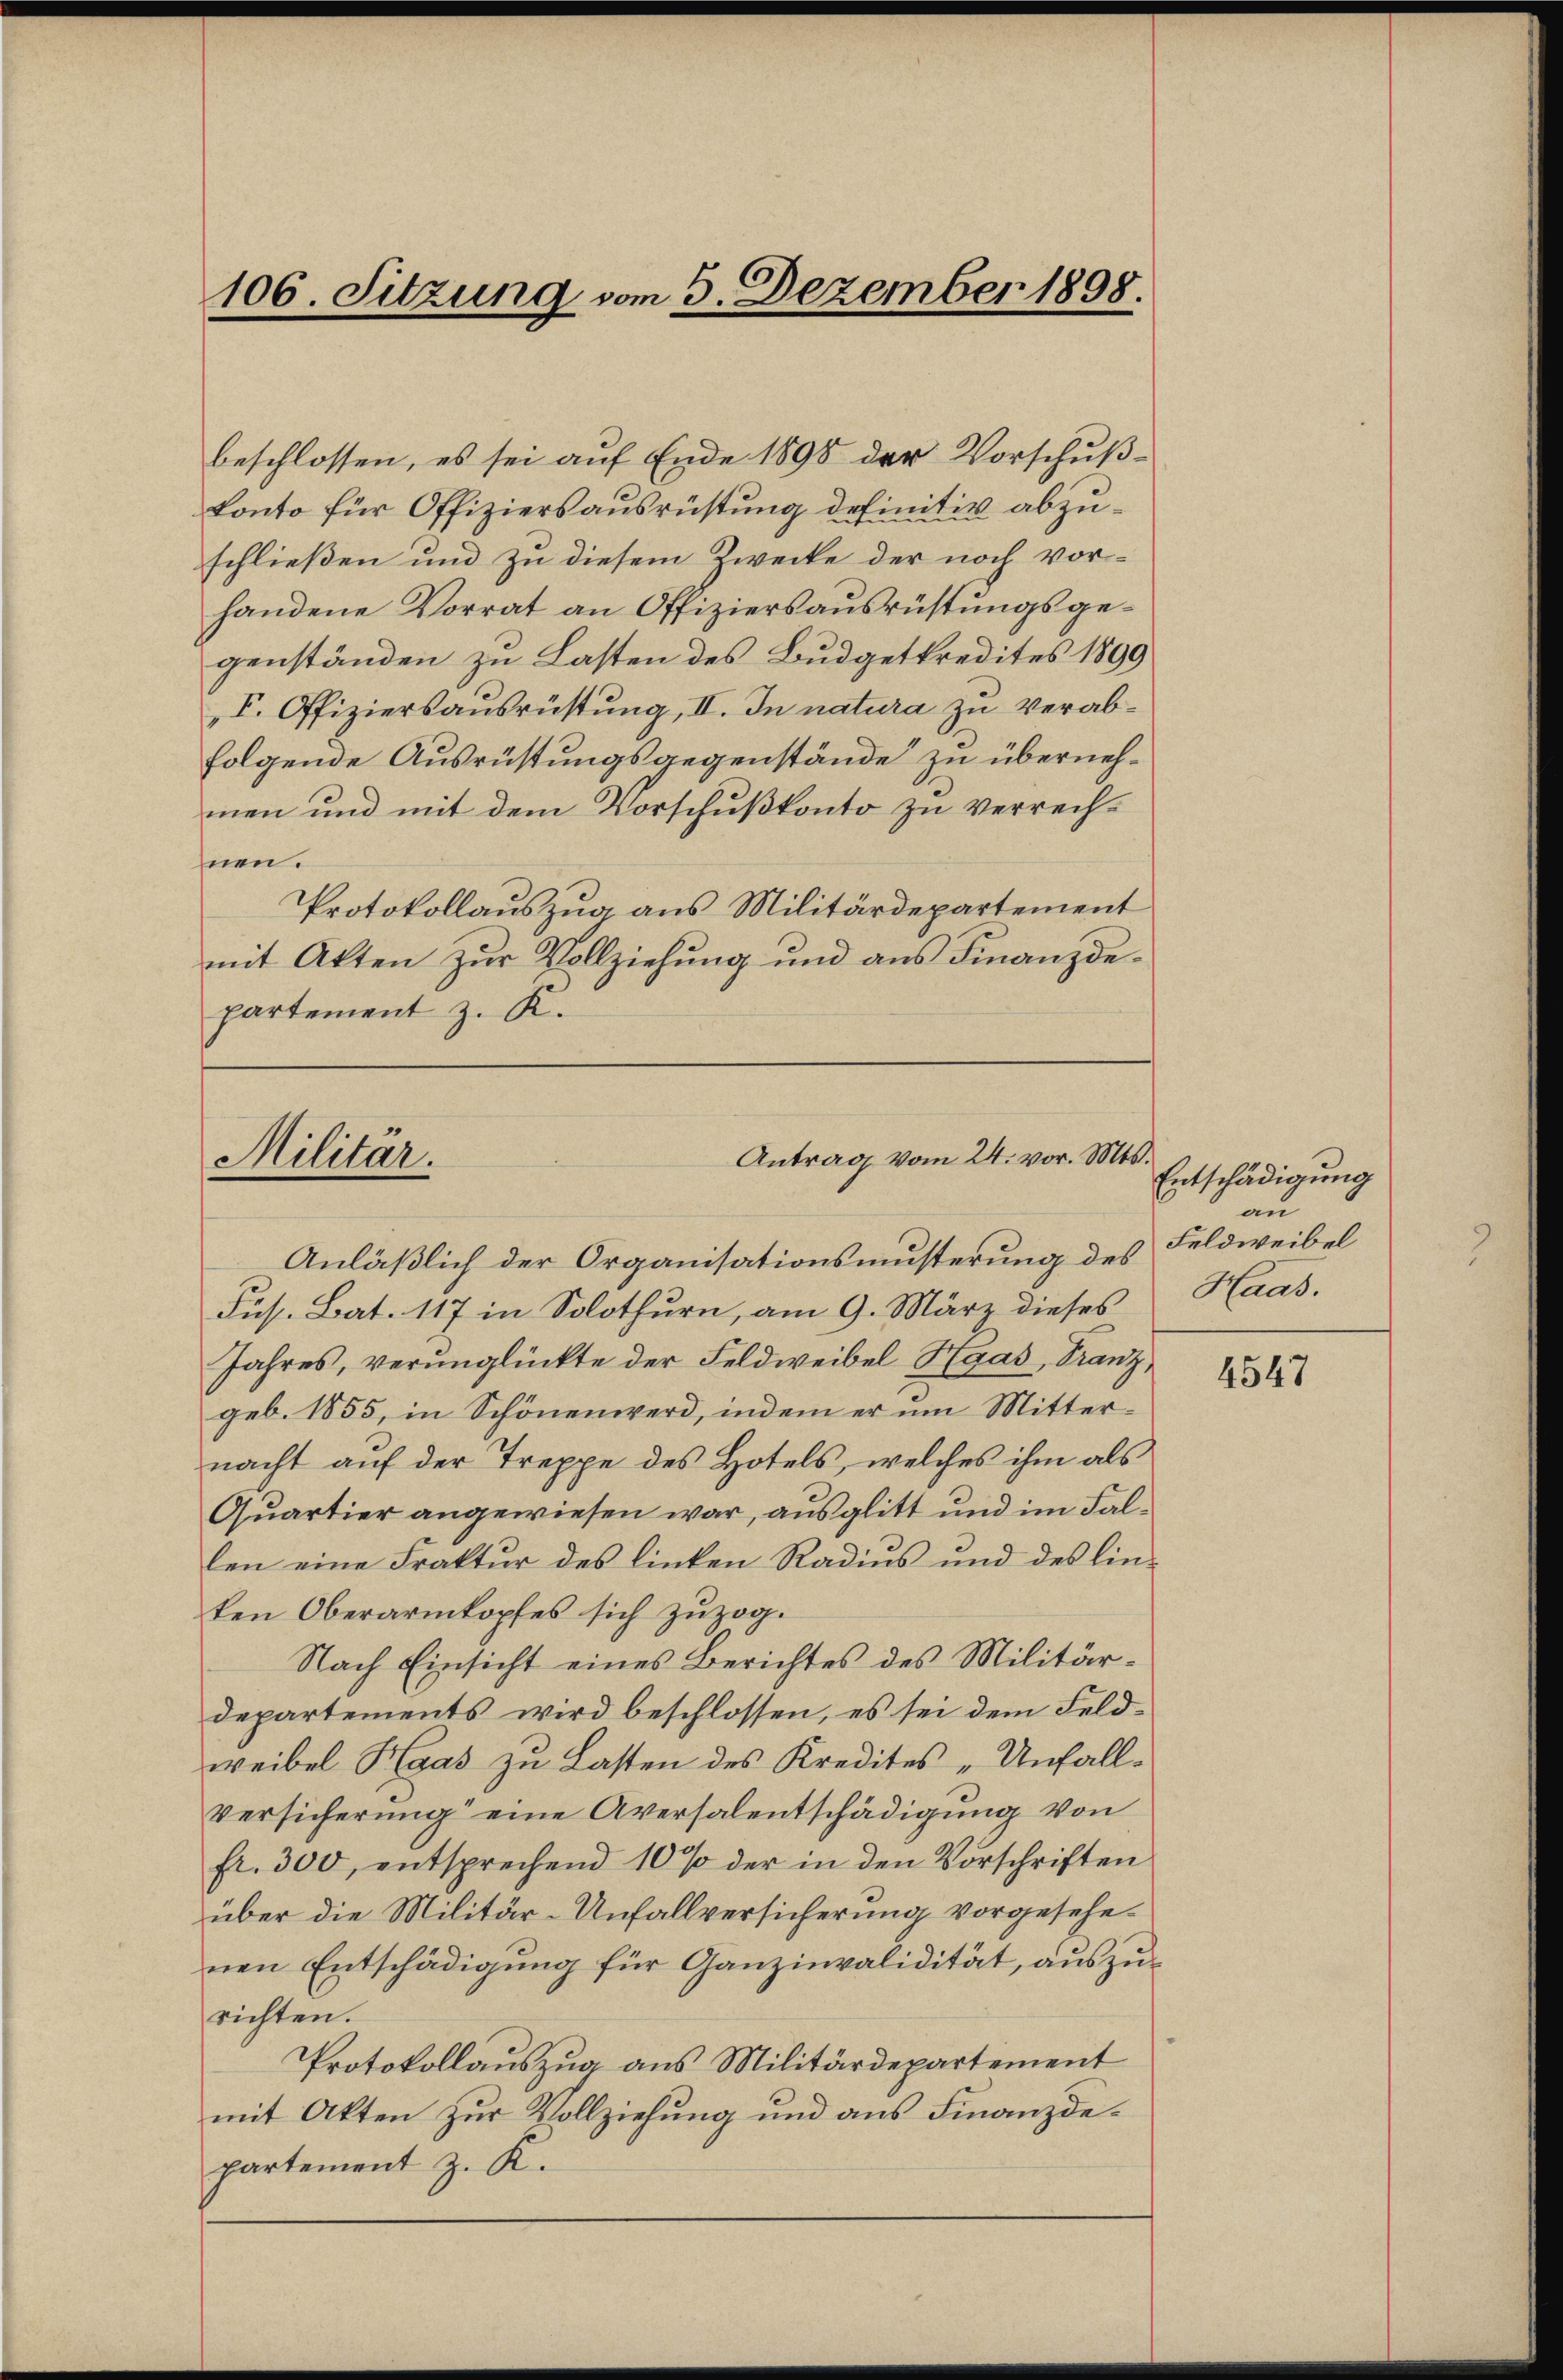
106. Sitzung vom 3. Dezember 1898.

beschlossen, es sei auf Ende 1898 der Vorschußkonto für Offiziersausrüstung definitiv abzuschließen und zu diesem Zwecke der noch vorhandene Vorrat an Offiziersausrüstungsgegenständen zu Lasten des Budgetkredites 1899
V. Offiziersausrüstung, II. In natura zu verabfolgende Ausrüstungsgegenstände zu übernehmen und mit dem Vorschußkonto zu verrechnen.
Protokollauszug aus Militärdepartement
mit Akten zur Vollziehung und aus Finanzdepartement z. K.

Antrag vom 24. vor. Mts.
Militar.

Anläßlich der Organisationsmusterung des
Jus. Bat. 117 in Solothurn, am 9. März dieses
Jahres, verunglückte der Feldweibel Haas, Franz,
geb. 1855, in Schönenwerd, indem er um Mitternacht auf der Treppe des Hotels, welches ihm als
Quartier angewiesen war, ausglitt und im Fallen eine Fraktur des linken Radius und des linken Oberarmkopfes sich zuzog.
Nach Einsicht eines Berichtes des Militärdepartements wird beschlossen, es sei dem Feldweibel Haas zu Lasten des Kredites „Unfall¬
Versicherung eine Aversalentschädigung von
fr. 300, entsprechend 10 % der in den Vorschriften
über die Militär-Unfallversicherung vorgesehenen Entschädigung für Ganzinvalidität, auszurichten.
Protokollauszug aus Militärdepartement
mit Akten zur Vollziehung und aus Finanzdepartement z. K.

Entschädigung
au
Feldweibel
Haas.

4547